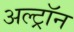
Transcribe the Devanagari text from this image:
अल्ट्राॅन